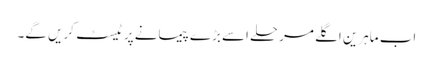
اب ماہرین اگلے مرحلے اسے بڑے پیمانے پر ٹیسٹ کریں گے۔